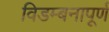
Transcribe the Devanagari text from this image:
विडम्बनापूर्ण